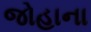
જોહાના